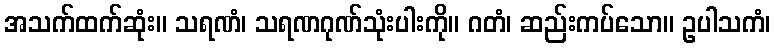
အသက်ထက်ဆုံး။ သရဏံ၊ သရဏဂုဏ်သုံးပါးကို။ ဂတံ၊ ဆည်းကပ်သော။ ဥပါသကံ၊